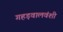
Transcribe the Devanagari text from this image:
गहड़वालवंशी